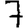
Digit: 7